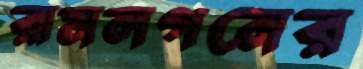
রামলগনের